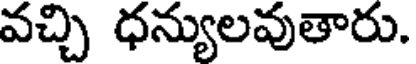
వచ్చి ధన్యులవుతారు.